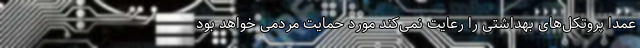
عمدا پروتکل‌های بهداشتی را رعایت نمی‌کند مورد حمایت مردمی خواهد بود